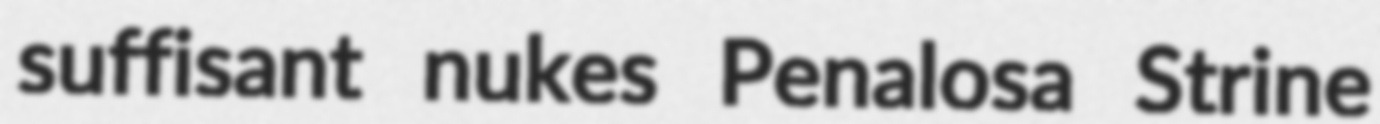
suffisant nukes Penalosa Strine